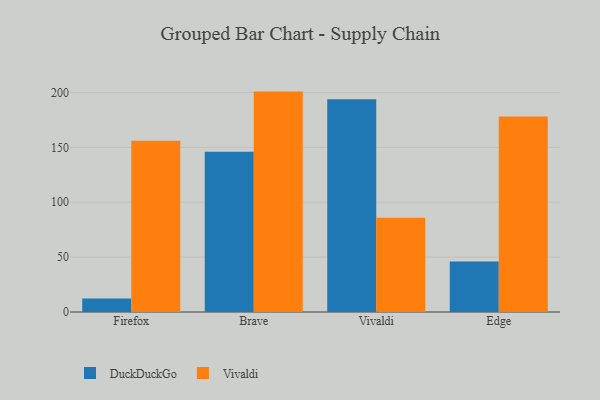
{"axis": {"x": "Browser", "y": "Website Visitors"}, "legend": ["DuckDuckGo", "Vivaldi"], "data": [{"x": "Firefox", "y": 12.2, "type": "DuckDuckGo"}, {"x": "Firefox", "y": 156.0, "type": "Vivaldi"}, {"x": "Brave", "y": 145.9, "type": "DuckDuckGo"}, {"x": "Brave", "y": 200.8, "type": "Vivaldi"}, {"x": "Vivaldi", "y": 193.8, "type": "DuckDuckGo"}, {"x": "Vivaldi", "y": 85.8, "type": "Vivaldi"}, {"x": "Edge", "y": 46.0, "type": "DuckDuckGo"}, {"x": "Edge", "y": 178.2, "type": "Vivaldi"}]}